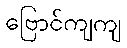
ဗြောင်ကျကျ